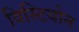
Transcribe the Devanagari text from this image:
विस्टियोन